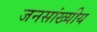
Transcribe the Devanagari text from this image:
जनसांख्यीय